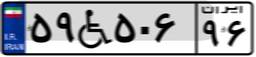
۵۹W۵۰۶۹۶